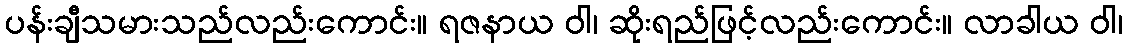
ပန်းချီသမားသည်လည်းကောင်း။ ရဇနာယ ဝါ၊ ဆိုးရည်ဖြင့်လည်းကောင်း။ လာခါယ ဝါ၊